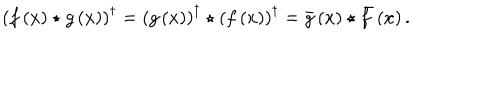
LaTeX: \left( f \left( x \right) \star g \left( x \right) \right) ^ { \dagger } = \left( g \left( x \right) \right) ^ { \dagger } \star \left( f \left( x \right) \right) ^ { \dagger } = \bar { g } \left( x \right) \star \bar { f } \left( x \right) .